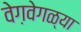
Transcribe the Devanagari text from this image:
वेग़वेगळ्या